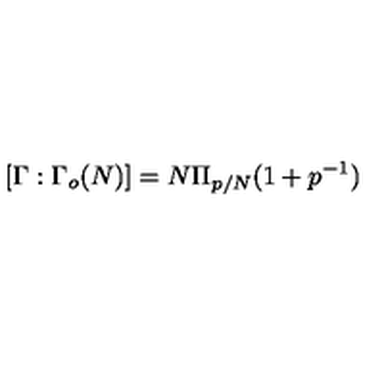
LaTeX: [ \Gamma : \Gamma _ { o } ( N ) ] = N \Pi _ { p / N } ( 1 + p ^ { - 1 } )